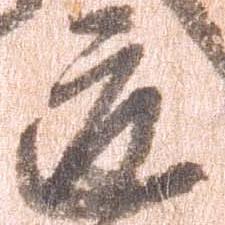
道